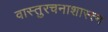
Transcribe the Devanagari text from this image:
वास्तुरचनाशास्त्न